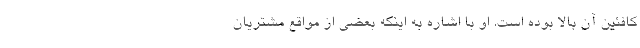
کافئین آن بالا بوده است. او با اشاره به اینکه بعضی از مواقع مشتریان